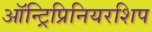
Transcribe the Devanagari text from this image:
ऑन्ट्रिप्रिनियरशिप